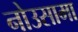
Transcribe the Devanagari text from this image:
नोउसामा